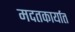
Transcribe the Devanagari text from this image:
मदतकार्यात